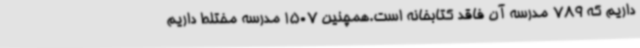
داریم که 789 مدرسه آن فاقد کتابخانه است.همچنین 1507 مدرسه مختلط داریم